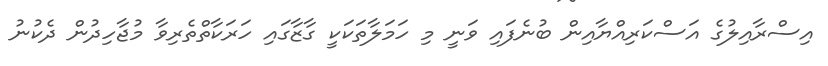
އިސްރާއިލުގެ އަސްކަރިއްޔާއިން ބުނެފައި ވަނީ މި ހަމަލާތަކަކީ ގާޒާގައި ހަރަކާތްތެރިވާ މުޖާހިދުން ދެކުނު